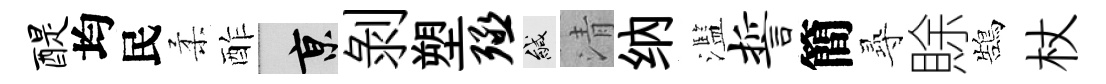
醍均民柔酢京剝塑殛緘清纳濫誓簡𡬶賖鵠杖